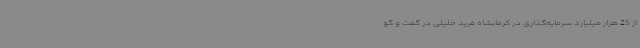
از 25 هزار میلیارد سرمایه‌گذاری در کرمانشاه فرید خلیلی در گفت و گو